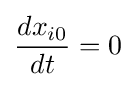
{\frac {dx_{i0}}{dt}}=0